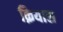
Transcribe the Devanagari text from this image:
क़ियास